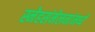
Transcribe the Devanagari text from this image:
स्नेहसंमेलनांमध्ये